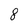
Character: 8